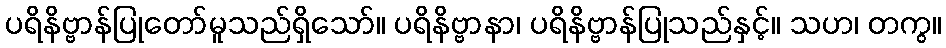
ပရိနိဗ္ဗာန်ပြုတော်မူသည်ရှိသော်။ ပရိနိဗ္ဗာနာ၊ ပရိနိဗ္ဗာန်ပြုသည်နှင့်။ သဟ၊ တကွ။